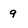
Character: 9